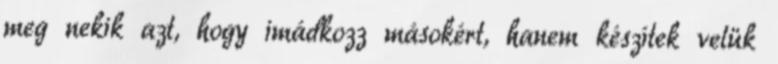
meg nekik azt, hogy imádkozz másokért, hanem készítek velük